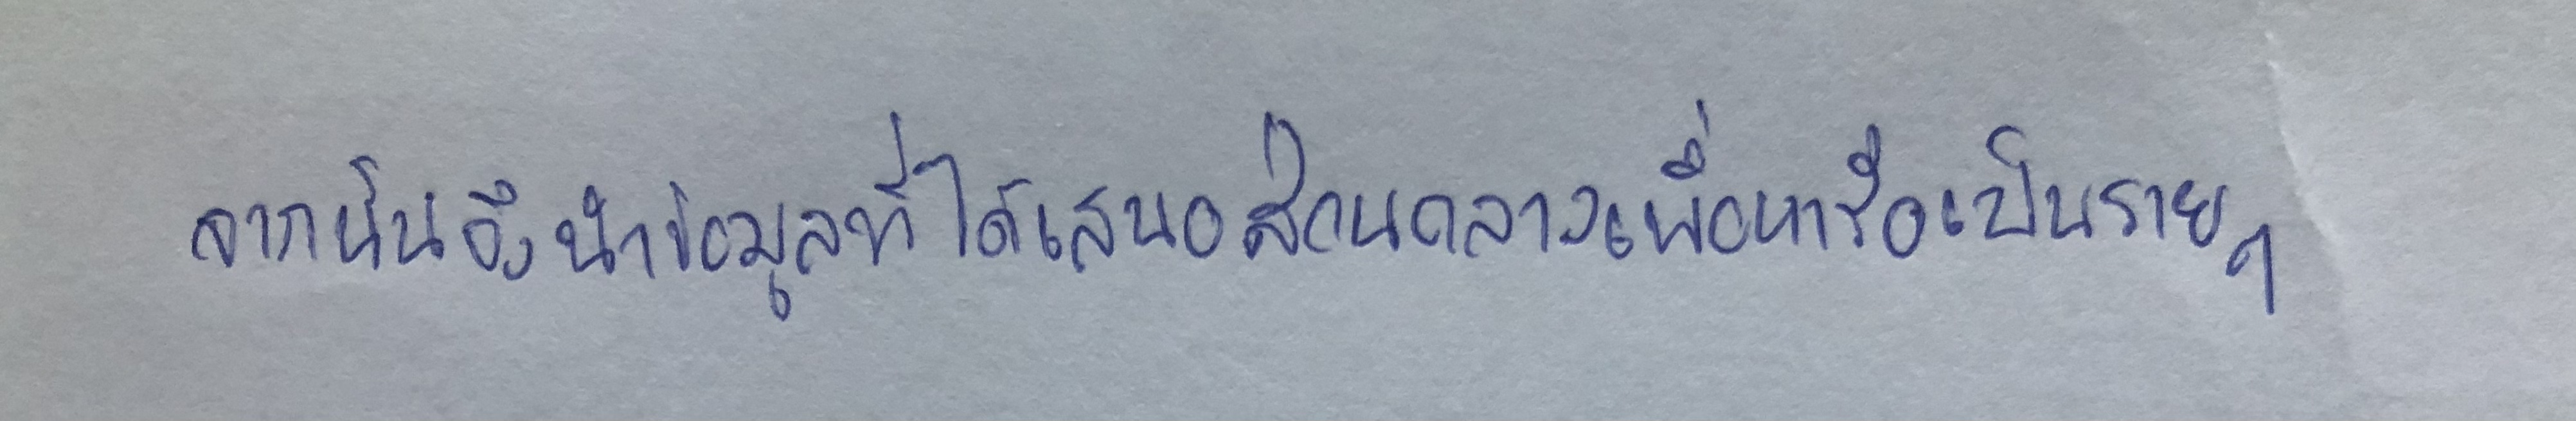
จากนั้นจึงนำข้อมูลที่ได้เสนอส่วนกลางเพื่อหารือเป็นรายๆ